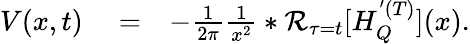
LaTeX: \begin{array}{rlr}{V(x,t)}&{{}=}&{-\frac{1}{2\pi}\frac{1}{x^{2}}*\mathcal{R}_{\tau=t}[H_{Q}^{'(T)}](x).}\end{array}